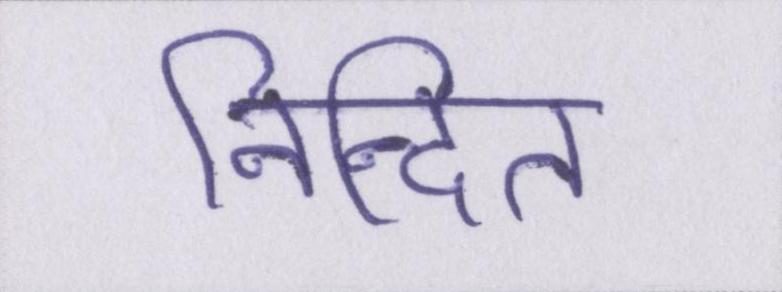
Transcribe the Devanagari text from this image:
निन्दित